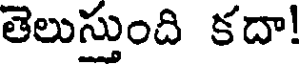
తెలుస్తుంది కదా!